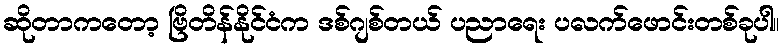
ဆိုတာကတော့ ဗြိတိန်နိုင်ငံက ဒစ်ဂျစ်တယ် ပညာရေး ပလက်ဖောင်းတစ်ခုပါ။